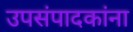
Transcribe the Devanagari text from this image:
उपसंपादकांना